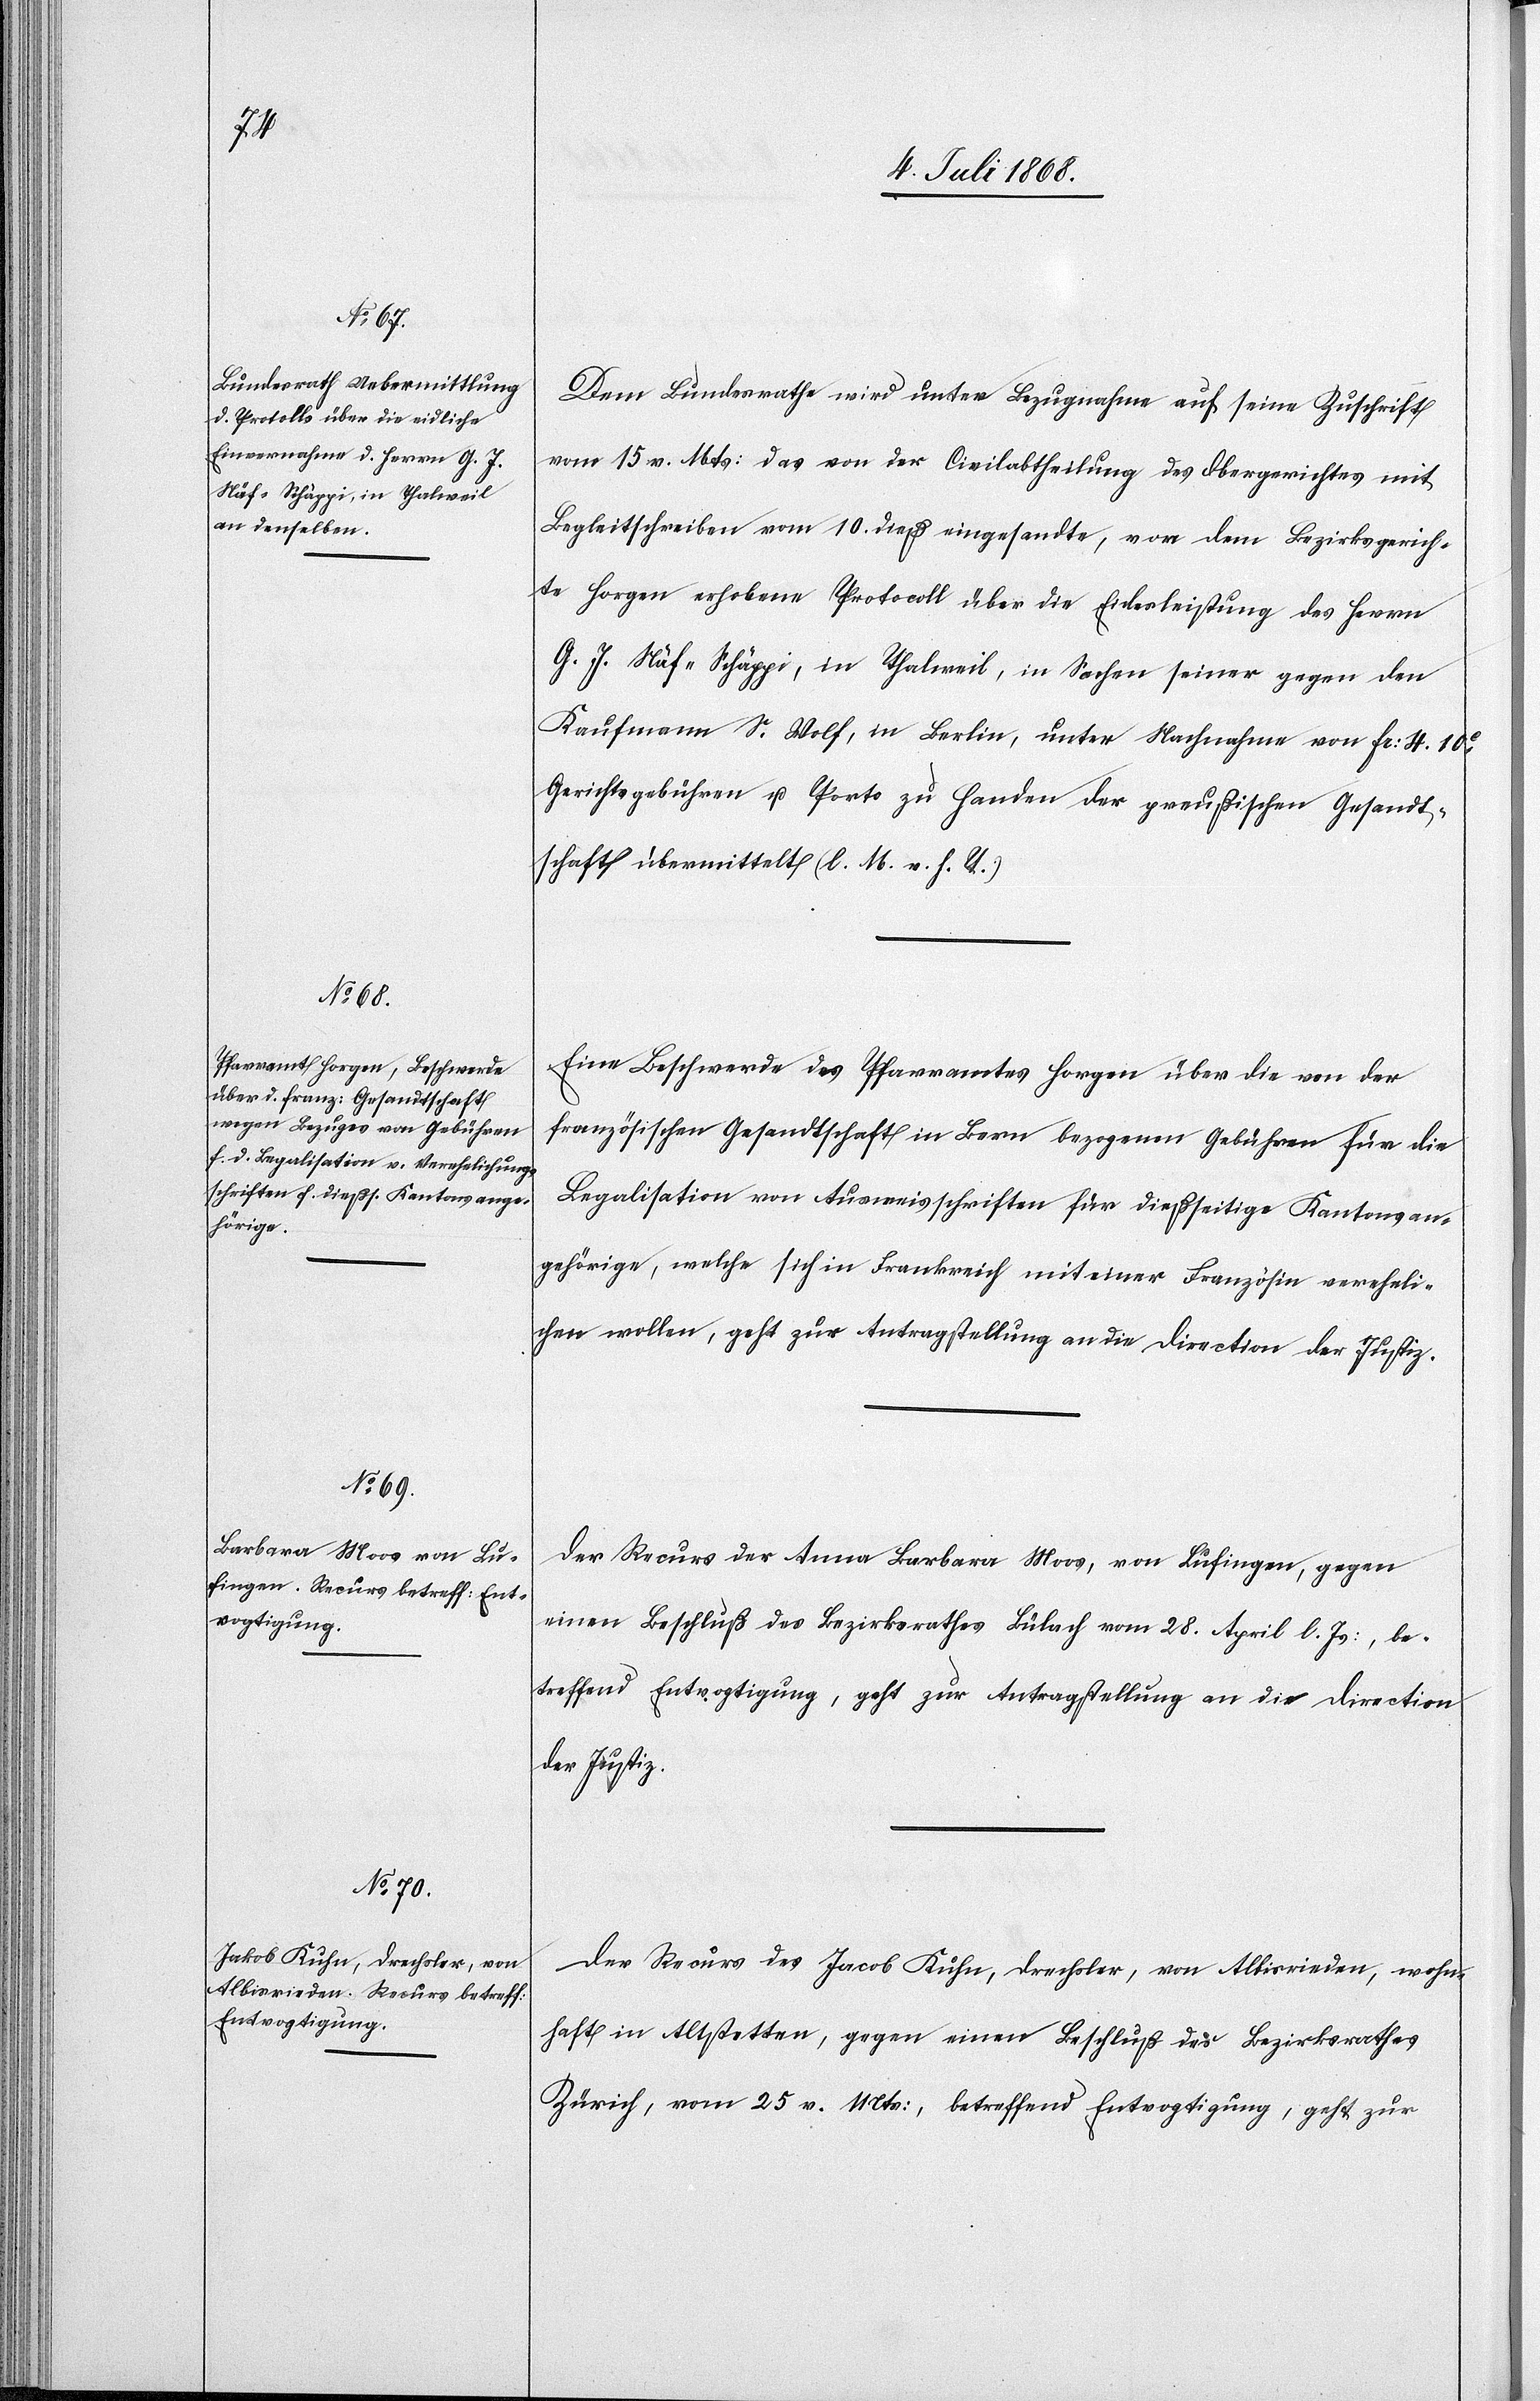
Huber

11. Juli 1868.]
Dem Bundesrathe wird unter Bezugnahme auf seine Zuschrift
vom 15 v. Mts: das von der Civilabtheilung des Obergerichtes mit
Begleitschreiben vom 10. dieß eingesandte, von dem Bezirksgerich¬
te Horgen erhobene Protocoll über die Eidesleistung des Herrn
G. J. Näf-Schäppi, in Thalweil, in Sachen seiner gegen den
Kaufmann S. Wolf, in Berlin, unter Nachnahme von Fr: 4. 10c
Gerichtsgebühren u. Porto zu Handen der preußischen Gesandt¬
schaft übermittelt (l. M. v. h. T.)
Eine Beschwerde des Pfarramtes Horgen über die von der
französischen Gesandtschaft in Bern bezogenen Gebühren für die
Legalisation von Ausweisschriften für dießseitige Kantonsan¬
gehörige, welche sich in Frankreich mit einer Französin vereheli¬
chen wollen, geht zur Antragstellung an die Direction der Justiz.
Der Recurs der Anna Barbara Moos, von Lufingen, gegen
einen Beschluß des Bezirksrathes Bülach vom 28. April l. Js:, be¬
treffend Entvogtigung, geht zur Antragstellung an die Direction
der Geschäft¬
Der Recurs des Jacob Kuhn, Drechsler, von Albisrieden, wohn¬
haft in Altstetten, gegen einen Beschluß des Bezirksrathes
Zürich, vom 25 v. Mts:, betreffend Entvogtigung, geht zur